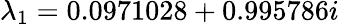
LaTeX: \lambda_{1}=0.0971028+0.995786i